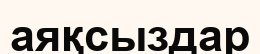
аяқсыздар